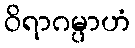
ဝိရာဂမ္ပာဟံ